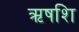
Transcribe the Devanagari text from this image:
ऋषशि